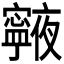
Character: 𭔧